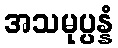
အသမုပ္ပန္နံ